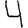
Digit: 4